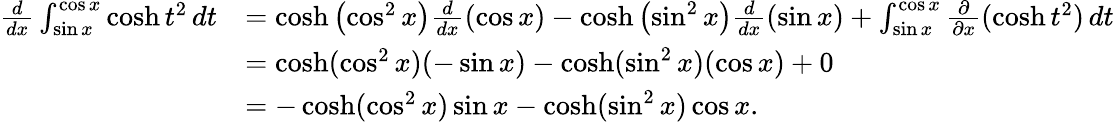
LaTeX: {\begin{array}{rl}{{\frac{d}{dx}}\int_{\sin x}^{\cos x}\cosh t^{2}\, dt}&{=\cosh\left(\cos^{2}x\right){\frac{d}{dx}}(\cos x)-\cosh\left(\sin^{2}x\right){\frac{d}{dx}}(\sin x)+\int_{\sin x}^{\cos x}{\frac{\partial}{\partial x}}(\cosh t^{2})\, dt}\\ &{=\cosh(\cos^{2}x)(-\sin x)-\cosh(\sin^{2}x)(\cos x)+0}\\ &{=-\cosh(\cos^{2}x)\sin x-\cosh(\sin^{2}x)\cos x.}\end{array}}